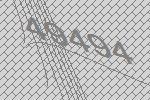
49494